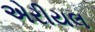
એરીયલ